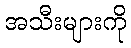
အသီးများကို